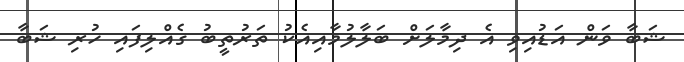
ޝަބާ ވަން އަޑުއިވި އެ ދިމާލަށް ބަލާލުމާއިއެކު ތަރުތީބު ގެއްލިފައި ހުރި ޝަބާ